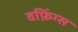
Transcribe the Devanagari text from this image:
वफ़िंग्स